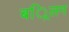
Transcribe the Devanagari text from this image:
बर्िलन